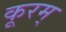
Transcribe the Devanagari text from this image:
कूरम्